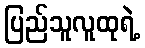
ပြည်သူလူထုရဲ့